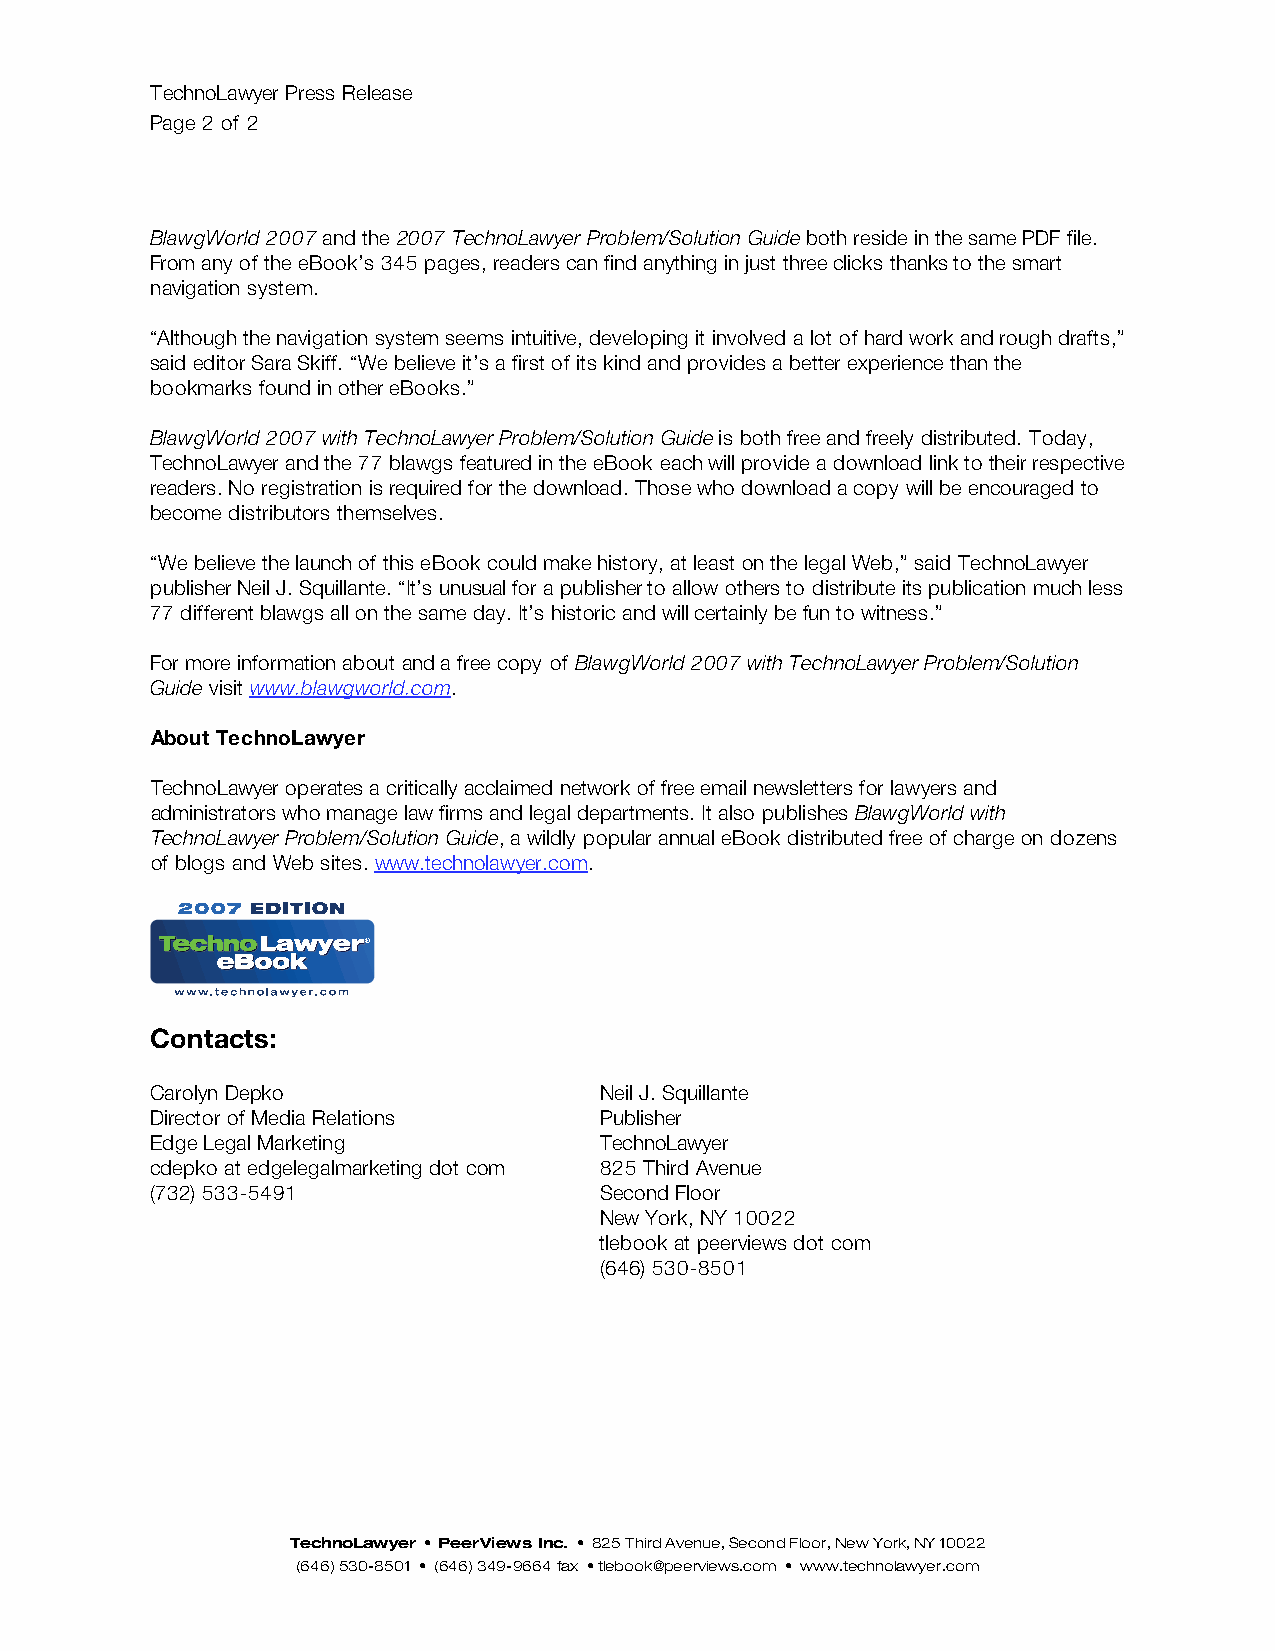
TechnoLawyer Press Release
 Page 2 of 2
 BlawgWorld 2007 and the 2007 TechnoLawyer Problem/Solution Guide both reside in the same PDF file.
 From any of the eBook’s 345 pages, readers can find anything in just three clicks thanks to the smart
 navigation system.
 “Although the navigation system seems intuitive, developing it involved a lot of hard work and rough drafts,”
 said editor Sara Skiff. “We believe it’s a first of its kind and provides a better experience than the
 bookmarks found in other eBooks.”
 BlawgWorld 2007 with TechnoLawyer Problem/Solution Guide is both free and freely distributed. Today,
 TechnoLawyer and the 77 blawgs featured in the eBook each will provide a download link to their respective
 readers. No registration is required for the download. Those who download a copy will be encouraged to
 become distributors themselves.
 “We believe the launch of this eBook could make history, at least on the legal Web,” said TechnoLawyer
 publisher Neil J. Squillante. “It’s unusual for a publisher to allow others to distribute its publication much less
 77 different blawgs all on the same day. It’s historic and will certainly be fun to witness.”
 For more information about and a free copy of BlawgWorld 2007 with TechnoLawyer Problem/Solution
 Guide visit www.blawgworld.com.
 About TechnoLawyer
 TechnoLawyer operates a critically acclaimed network of free email newsletters for lawyers and
 administrators who manage law firms and legal departments. It also publishes BlawgWorld with
 TechnoLawyer Problem/Solution Guide, a wildly popular annual eBook distributed free of charge on dozens
 of blogs and Web sites. www.technolawyer.com.
 Contacts:
 Carolyn Depko                 Neil J. Squillante
 Director of Media Relations   Publisher
 Edge Legal Marketing          TechnoLawyer
 cdepko at edgelegalmarketing dot com 825 Third Avenue
 (732) 533-5491                Second Floor
 New York, NY 10022
 tlebook at peerviews dot com
 (646) 530-8501
 TechnoLawyer • PeerViews Inc. • 825 Third Avenue, Second Floor, New York, NY 10022
 (646) 530-8501 • (646) 349-9664 fax • tlebook@peerviews.com • www.technolawyer.com